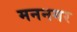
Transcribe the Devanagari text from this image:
मननगर